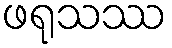
ဖရုသဿ